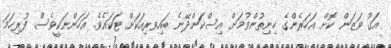
އަގު ވަޒަން ކޮށް އަހަރެންގެ ހިނިތުންވުމަށް އިސްކަންދޭނެ ބައިވރިއަކަށް ޓަކައެވެ. އަހަންނަކީވެސް ފުރިހަމަ